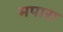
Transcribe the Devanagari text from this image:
मपारा